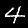
Digit: 4